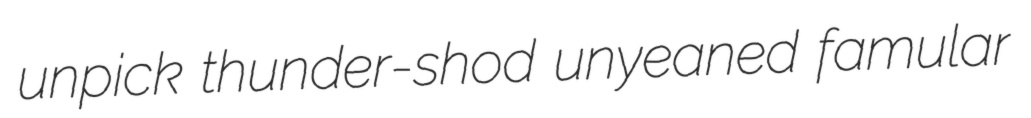
unpick thunder-shod unyeaned famular